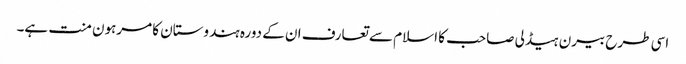
اسی طرح بیرن ہیڈلی صاحب کا اسلام سے تعارف ان کے دورہ ہندوستان کا مرہون منت ہے۔